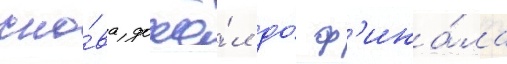
сно́ва дошё́л до́ ф'ина́ла